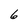
Character: 6